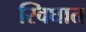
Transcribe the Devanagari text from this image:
स्विघात